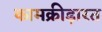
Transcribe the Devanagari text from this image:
कामक्रीड़ारत